Medical and sanitary report of the native army of Bengal for the year
Year: 1877
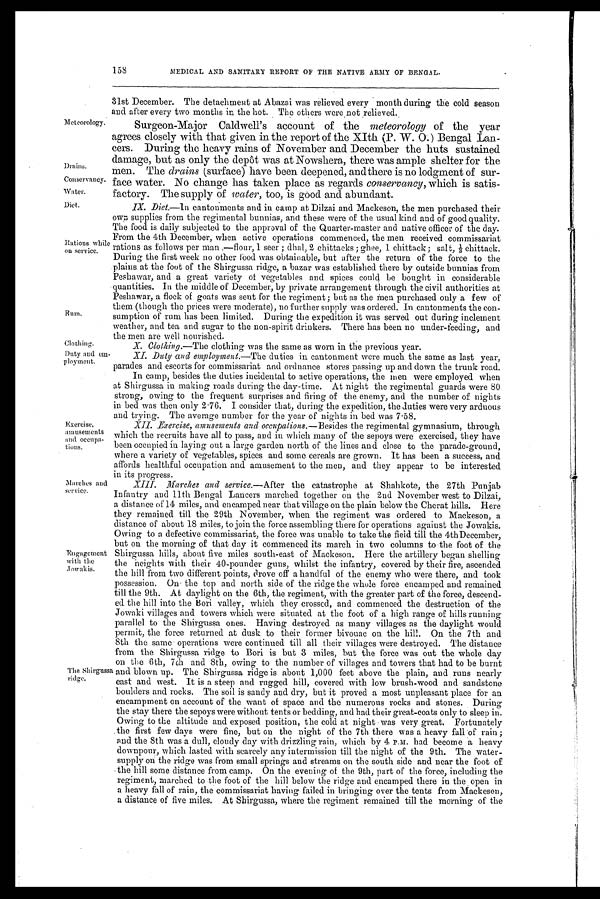
Meteorology.
Drains.
Conservancy.
Water.
Diet.
Rations while
on service.
Rum.
Clothing.
Day and em
-
ployment.
158
MEDICAL AND SANITARY REPORT OF THE NATIVE ARMY OF BENGAL.
31st December. The detachment at Abazai was relieved every month during the cold season
and after every two months in the hot. The others were not relieved.
Surgeon-Major Caldwell's account of the meteorology of the year
agrees closely with that given in the report of the XIth (P. W. 0.) Bengal Lan
-
cers. During the heavy rains of November and December the huts sustained
damage, but as only the depot was at Nowshera, there was ample shelter for the
men. The drains (surface) have been deepened, and there is no lodgment of sur
-
face water. No change has taken place as regards conservancy, which is satis
-
factory. The supply of water, too, is good and abundant.
IX. Diet.—In cantonments and in camp at Dilzai and Mackeson, the men purchased their
own supplies from the regimental bunnias, and these were of the usual kind and of good quality.
The food is daily subjected to the approval of the Quarter-master and native officer of the day.
From the 4th December, when active operations commenced, the men received commissariat
rations as follows per man 1 seer ; dhal, 2 chittacks ; ghee, 1 chittack ; salt, 1/3 chittack.
During the first week no other food was obtainable, but after the return of the force to the
plains at the foot of the Shirgussa ridge, a bazar was established there by outside bunnias from
Peshawar, and a great variety of vegetables and spices could be bought in considerable
quantities. In the middle of December, by private arrangement through the civil authorities at
Peshawar, a flock of goats was sent for the regiment ; but as the Men purchased only a few of
them (though the prices were moderate), no further supply was ordered. In .cantonments the con
-
sumption of rum has been limited. During the expedition it was served out during inclement
weather, and tea and sugar to the non-spirit drinkers. There has been no under-feeding, and
the men are well nourished.
Exercise,
amusements
and occupa
-
tions.
X. Clothing.— The clothing was the same as worn in the previous year.
XI. Duty and employment.— The duties in cantonment were much the same as last year,
parades and escorts for commissariat and ordnance stores passing up and down the trunk road.
In camp, besides the duties incidental to active operations, the men were employed when
at Shirgussa in making roads during the day-time. At night the regimental guards were 80
strong, owing to the frequent surprises and firing of the enemy, and the number of nights
in bed was then only 2.76. I consider that, during the expedition, the duties were very arduous
and trying. The average number for the year of nights in bed was 7.58.
XII. Exercise, amusements and occupations.—B esides the regimental gymnasium, through
which the recruits have all to pass, and in which many of the sepoys were exercised, they have
been occupied in laying out a large garden north of the lines and close to the parade-ground,
where a variety of vegetables, spices and some cereals are grown. It has been a success, and
affords healthful occupation and amusement to the men, and they appear to be interested
in its
Progress.
Marches and
service.
Engagement
with the Jowakis.
The Shirgussa
ridge.
XIII. Marches and service.— After the catastrophe at Shahkote, the 27th Punjab
Infantry and 11th Bengal Lancers marched together on the 2nd November west to Dilzai,
a distance of 14 miles, and encamped near that village on the plain below the Cherat hills. Here
they remained till the 29th November, when the regiment was ordered to Mackeson, a
distance of about 18 miles, to join the force assembling there for operations against the Jowakis.
Owing to a defective commissariat, the force was unable to take the field till the 4th December,
but on the morning of that day it commenced its march in two columns to the foot of the
Shirgussa hills, about five miles south-east of Mackeson. Here the artillery began shelling
the heights with their 40-pounder guns, whilst the infantry, covered by their fire, ascended
the hill from two different points, drove off a handful of the enemy who were there, and took
possession. On the top and north side of the ridge the whole force encamped and remained
till the 9th. At daylight on the 6th, the regiment, with the greater part of the force, descend
-
ed the hill into the Bori valley, which they crossed, and commenced the destruction of the
Jowaki villages and towers which were situated at the foot of a high range of hills running
parallel to the Shirgussa ones. Having destroyed as many villages as the daylight would
permit, the force returned at dusk to their former bivouac on the hill. On the 7th and
8th the same operations were continued till all their villages were destroyed. The distance
from the Shirgussa ridge to Bori is but 3 miles, but the force was out the whole day
on the 6th, 7th and 8th, owing to the number of villages and towers that had to be burnt
and blown up. The Shirgussa ridge is about 1,000 feet above the plain, and runs nearly
east and west. It is a steep and rugged hill, covered with low brush-wood and sandstone
boulders and rocks. The soil is sandy and dry, but it proved a most unpleasant place for an
encampment on account of the want of space and the numerous rocks and stones. During
the stay there the sepoys were without tents or bedding, and had their great-coats only to sleep in.
Owing to the altitude and exposed position, the cold at night was very great. Fortunately
. the first few days were fine, but on the night of the 7th there was a heavy fall of rain ;
and the 8th was a dull, cloudy day with drizzling rain, which by 4 P.M. had become a heavy
downpour, which lasted with scarcely any intermission till the night of the 9th. The water
-
supply on the ridge was from small springs and streams on the south side and near the foot of
the hill some distance from camp. On the evening of the 9th, part of the force, including the
regiment, marched to the foot of the hill below the ridge and encamped there in the. open in
a heavy fall of rain, the commissariat having failed in bringing over the tents from Mackeson,
a distance of five miles. At the
Shirgussa,
where the regiment remained till the morning of the